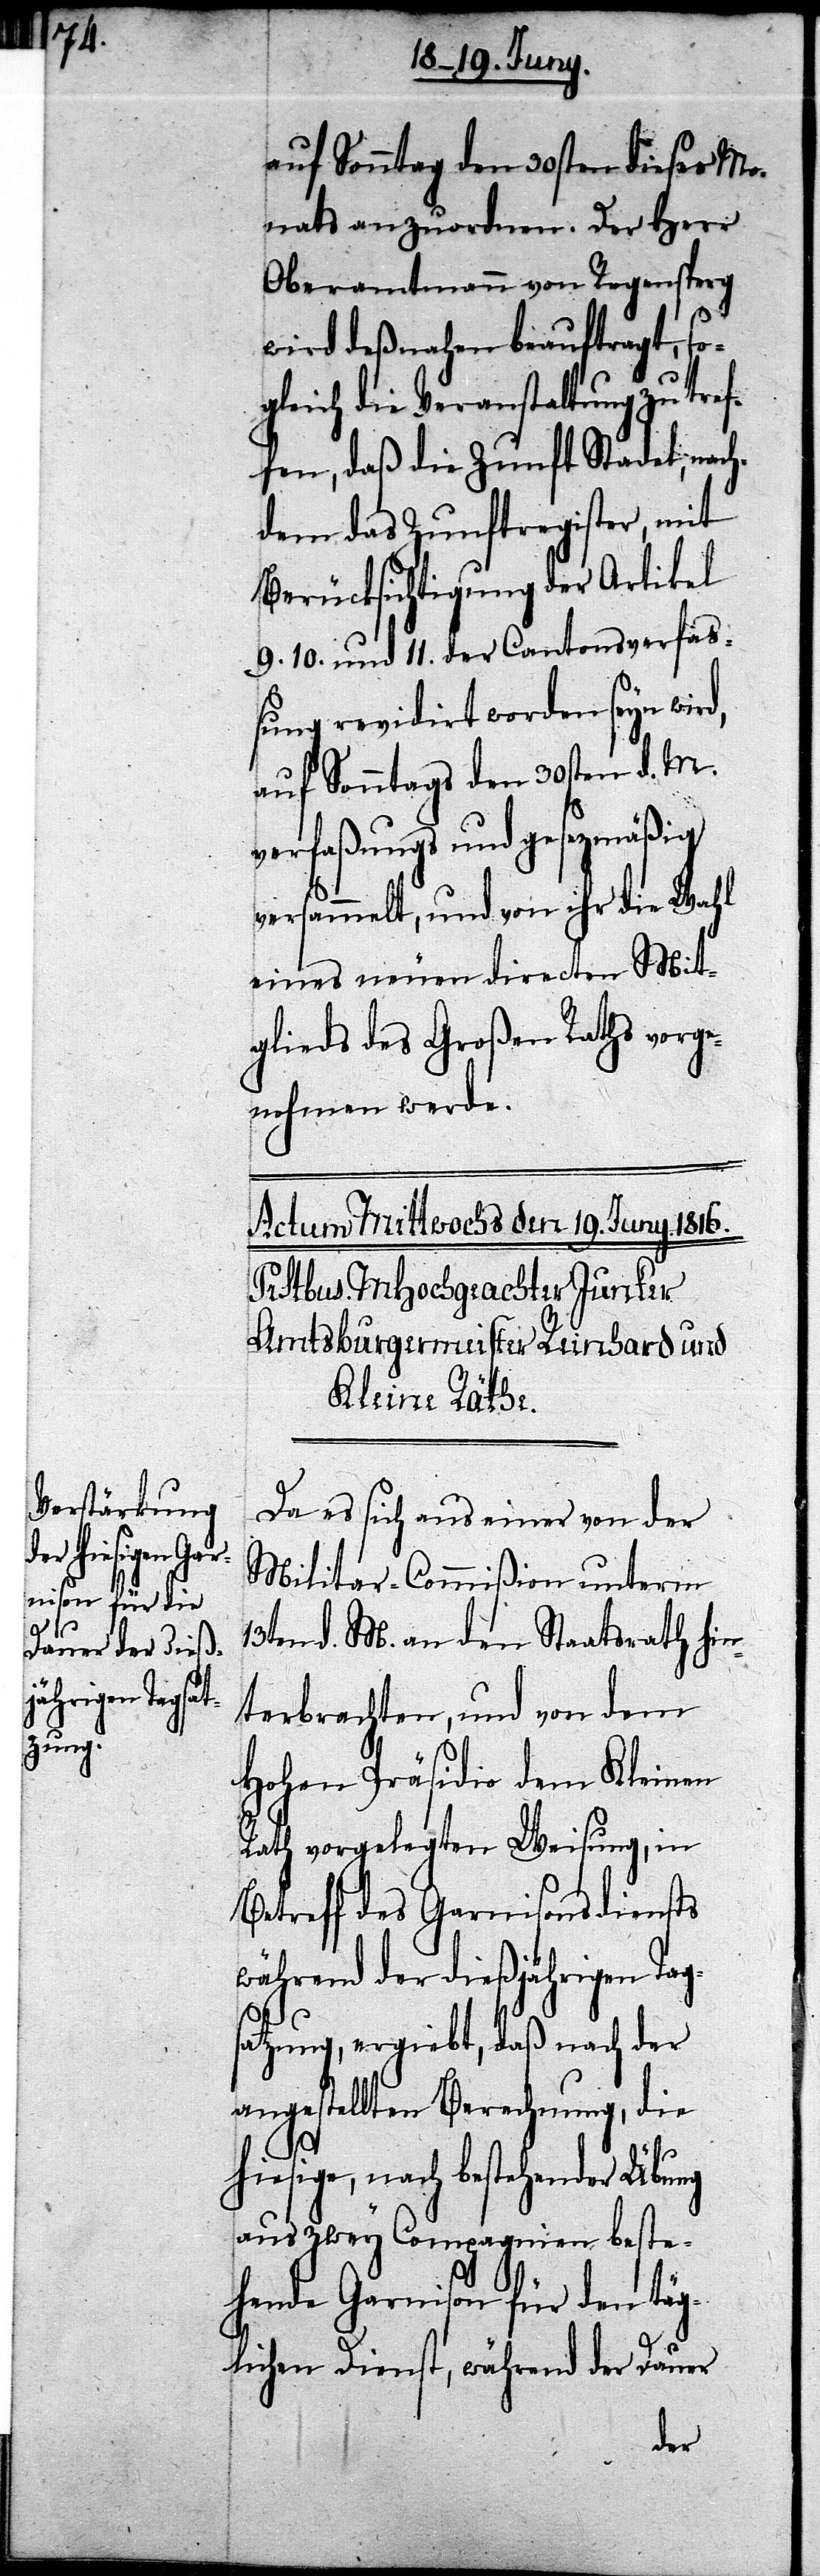
d,

auf Sonntag den 30sten dieses Mo¬
nats anzuordnen. Der Herr
Oberamtmann von Regensberg
wird deßnahen beauftragt, so¬
gleich die Veranstaltung zu tref¬
fen, daß die Zunft Stadel, nach¬
dem das Zunftregister, mit
Berücksichtung der Artikel
9. 10. und 11. der Cantonsverfa¬
ßung revidirt worden seyn wir¬
auf Sonntags den 30sten d. M.
verfaßungs und gesezgemäßig
versammelt, und von ihr die Wahl
eines neuen directen Mit¬
glieds des Großen Raths vorge¬
nohmen werde.
Da es sich aus einer von der
Militar-Commißion unterm
13ten d. M. an den Staatsrath hin¬
terbrachten, und von dem
Hohen Präsidio dem Kleinen
Rath vorgelegten Weisung, in
Betreff des Garnisonsdienstes
während der dießjährigen Tag¬
satzung, ergiebt, daß nach der
angestellten Berechnung, die
hiesige, nach bestehender Übung
aus zwey Compagnien beste¬
hende Garnison für den täg¬
lichen Dienst, während der Dauer